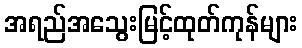
အရည်အသွေးမြင့်ထုတ်ကုန်များ